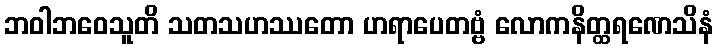
ဘဝါဘဝေသူတိ သတသဟဿတော ဟရာပေတဗ္ဗံ လောကနိတ္ထရဏေသိနံ